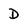
Character: D